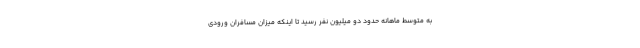
به متوسط ماهانه حدود دو میلیون نفر رسید تا اینکه میزان مسافران ورودی